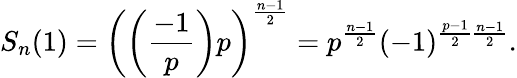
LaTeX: S_{n}(1)=\left(\left({\frac{-1}{p}}\right)p\right)^{\frac{n-1}{2}}=p^{\frac{n-1}{2}}(-1)^{{\frac{p-1}{2}}{\frac{n-1}{2}}}.